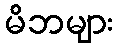
မိဘများ